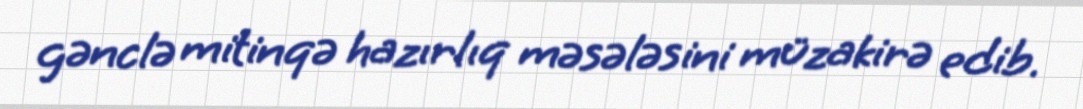
gənclə mitinqə hazırlıq məsələsini müzakirə edib.